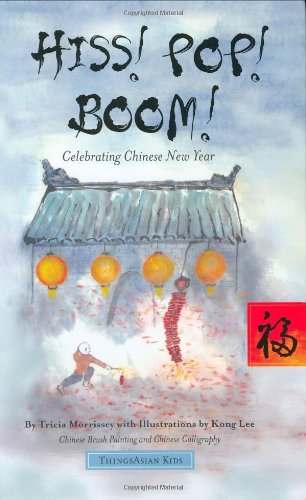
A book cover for Hiss! Pop! Boom!: Celebrating Chinese New Year; Tricia Morrissey; Children's Books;